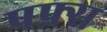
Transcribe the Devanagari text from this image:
पफ़्स